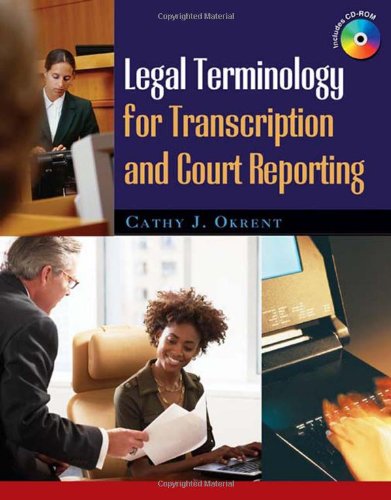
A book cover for Legal Terminology for Transcription and Court Reporting; Cathy J. Okrent; Law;